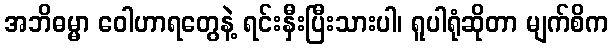
အဘိဓမ္မာ ဝေါဟာရတွေနဲ့ ရင်းနှီးပြီးသားပါ၊ ရူပါရုံဆိုတာ မျက်စိက